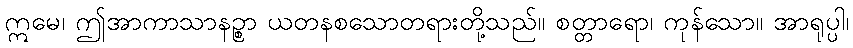
ဣမေ၊ ဤအာကာသာနဉ္စာ ယတနစသောတရားတို့သည်။ စတ္တာရော၊ ကုန်သော။ အာရုပ္ပါ၊